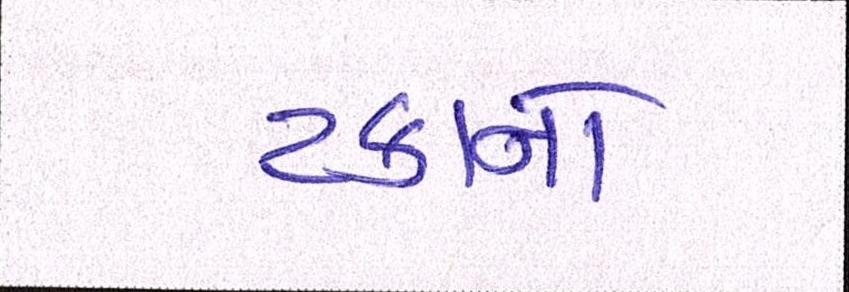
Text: ટકાનો